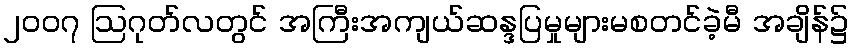
၂၀၀၇ ဩဂုတ်လတွင် အကြီးအကျယ်ဆန္ဒပြမှုများမစတင်ခဲ့မီ အချိန်၌